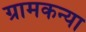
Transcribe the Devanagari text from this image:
ग्रामकन्या